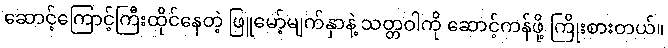
ဆောင့်ကြောင့်ကြီးထိုင်နေတဲ့ ဖြူမော့်မျက်နှာနဲ့ သတ္တဝါကို ဆောင့်ကန်ဖို့ ကြိုးစားတယ်။